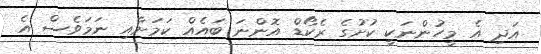
އަދި އެ މީހުންނަކީ ކުށުގެ ރެކޯޑް އޮންނަ ބައެއް ކަމަށާއި ނަމަވެސް އެ